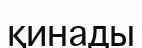
қинады